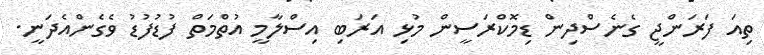
ތިއަ ފަރަންޖީ ގެނެސްދިން ޑިމޮކްރަސީން މުޅި އަރަބި އިސްލާމީ އުތްމަތް ފުޑުފުޑު ވެގެންއެދަނީ.